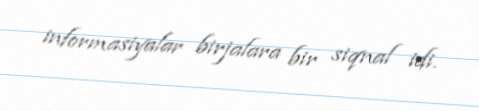
informasiyalar birjalara bir siqnal idi.